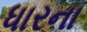
ધારના